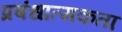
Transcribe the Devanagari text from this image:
प्रबंधात्मकता